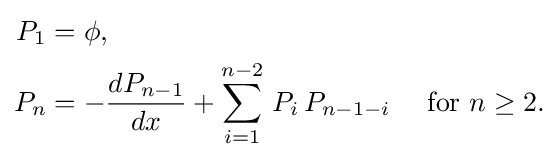
{\begin{aligned}P_{1}&=\phi ,\\P_{n}&=-{\frac {dP_{n-1}}{dx}}+\sum _{i=1}^{n-2}\,P_{i}\,P_{n-1-i}\quad {\text{ for }}n\geq 2.\end{aligned}}